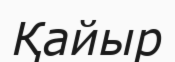
Қайыр